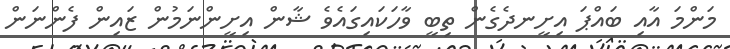
މަންމަ އާއި ބައްޕަ އިށީނދެގެން ތިބީ ވާހަކައިގައެވެ ޝާން އިށީންނަމުން ޒައިން ފެންނަން